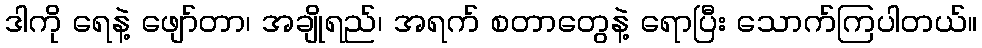
ဒါကို ရေနဲ့ ဖျော်တာ၊ အချိုရည်၊ အရက် စတာတွေနဲ့ ရောပြီး သောက်ကြပါတယ်။